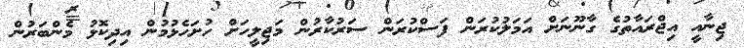
ޖިނާއީ އިޖްރައާތުގެ ގާނޫނަށް އަމަލުކުރަން ފަސްކުރަން ސަރުކާރުން މަޖިލީހަށް ހުށަހެޅުމުން އިދިކޮޅު މެންބަރުން